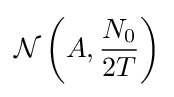
{\mathcal {N}}\left(A,{\frac {N_{0}}{2T}}\right)